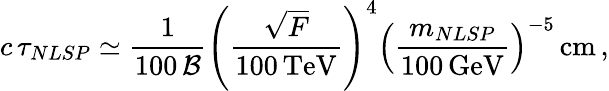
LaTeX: c\, \tau_{NLSP}\simeq\frac{1}{100\, \cal{B}}\left(\frac{\sqrt{F}}{100\, \mathrm{TeV}}\right)^{4}\left(\frac{m_{NLSP}}{100\, \mathrm{GeV}}\right)^{-5}\, \mathrm{cm}\, ,